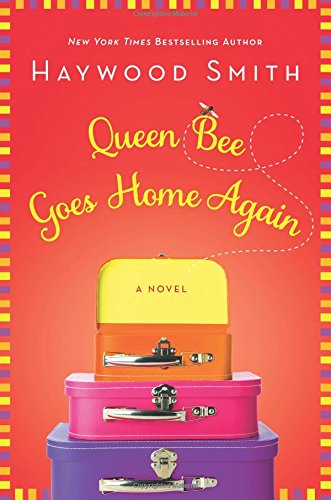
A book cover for Queen Bee Goes Home Again; Haywood Smith; Literature & Fiction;